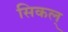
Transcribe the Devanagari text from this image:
सिकल्